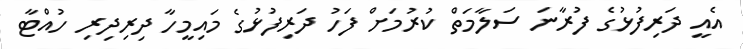
އެއީ ދަރިފުޅުގެ ފުރާނަ ސަލާމަތް ކުރުމަށް ފަހު ދަރިފުޅުގެ މައިމީހާ ދިރިދިރި ހުއްޓާ